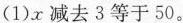
(1)x减去3等于50。